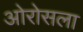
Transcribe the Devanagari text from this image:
ओरोसला